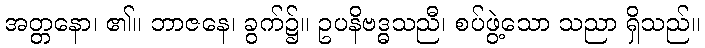
အတ္တနော၊ ၏။ ဘာဇနေ၊ ခွက်၌။ ဥပနိဗဒ္ဓသညီ၊ စပ်ဖွဲ့သော သညာ ရှိသည်။